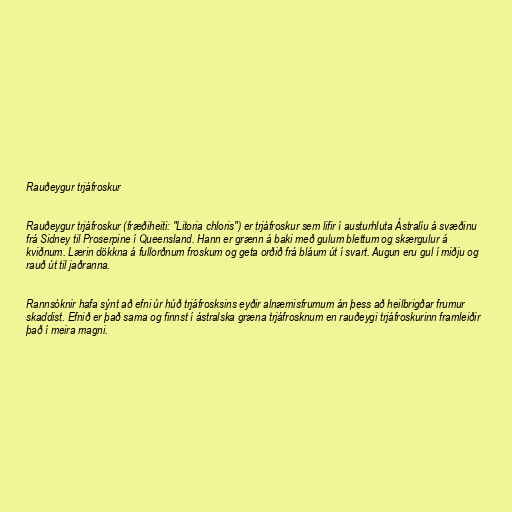
Rauðeygur trjáfroskur

Rauðeygur trjáfroskur (fræðiheiti: "Litoria chloris") er trjáfroskur sem lifir í austurhluta Ástralíu á svæðinu
frá Sidney til Proserpine í Queensland. Hann er grænn á baki með gulum blettum og skærgulur á
kviðnum. Lærin dökkna á fullorðnum froskum og geta orðið frá bláum út í svart. Augun eru gul í miðju og
rauð út til jaðranna.

Rannsóknir hafa sýnt að efni úr húð trjáfrosksins eyðir alnæmisfrumum án þess að heilbrigðar frumur
skaddist. Efnið er það sama og finnst í ástralska græna trjáfrosknum en rauðeygi trjáfroskurinn framleiðir
það í meira magni.